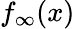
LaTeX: f_{\infty}(x)